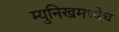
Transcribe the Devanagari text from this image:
म्युनिखमध्येच